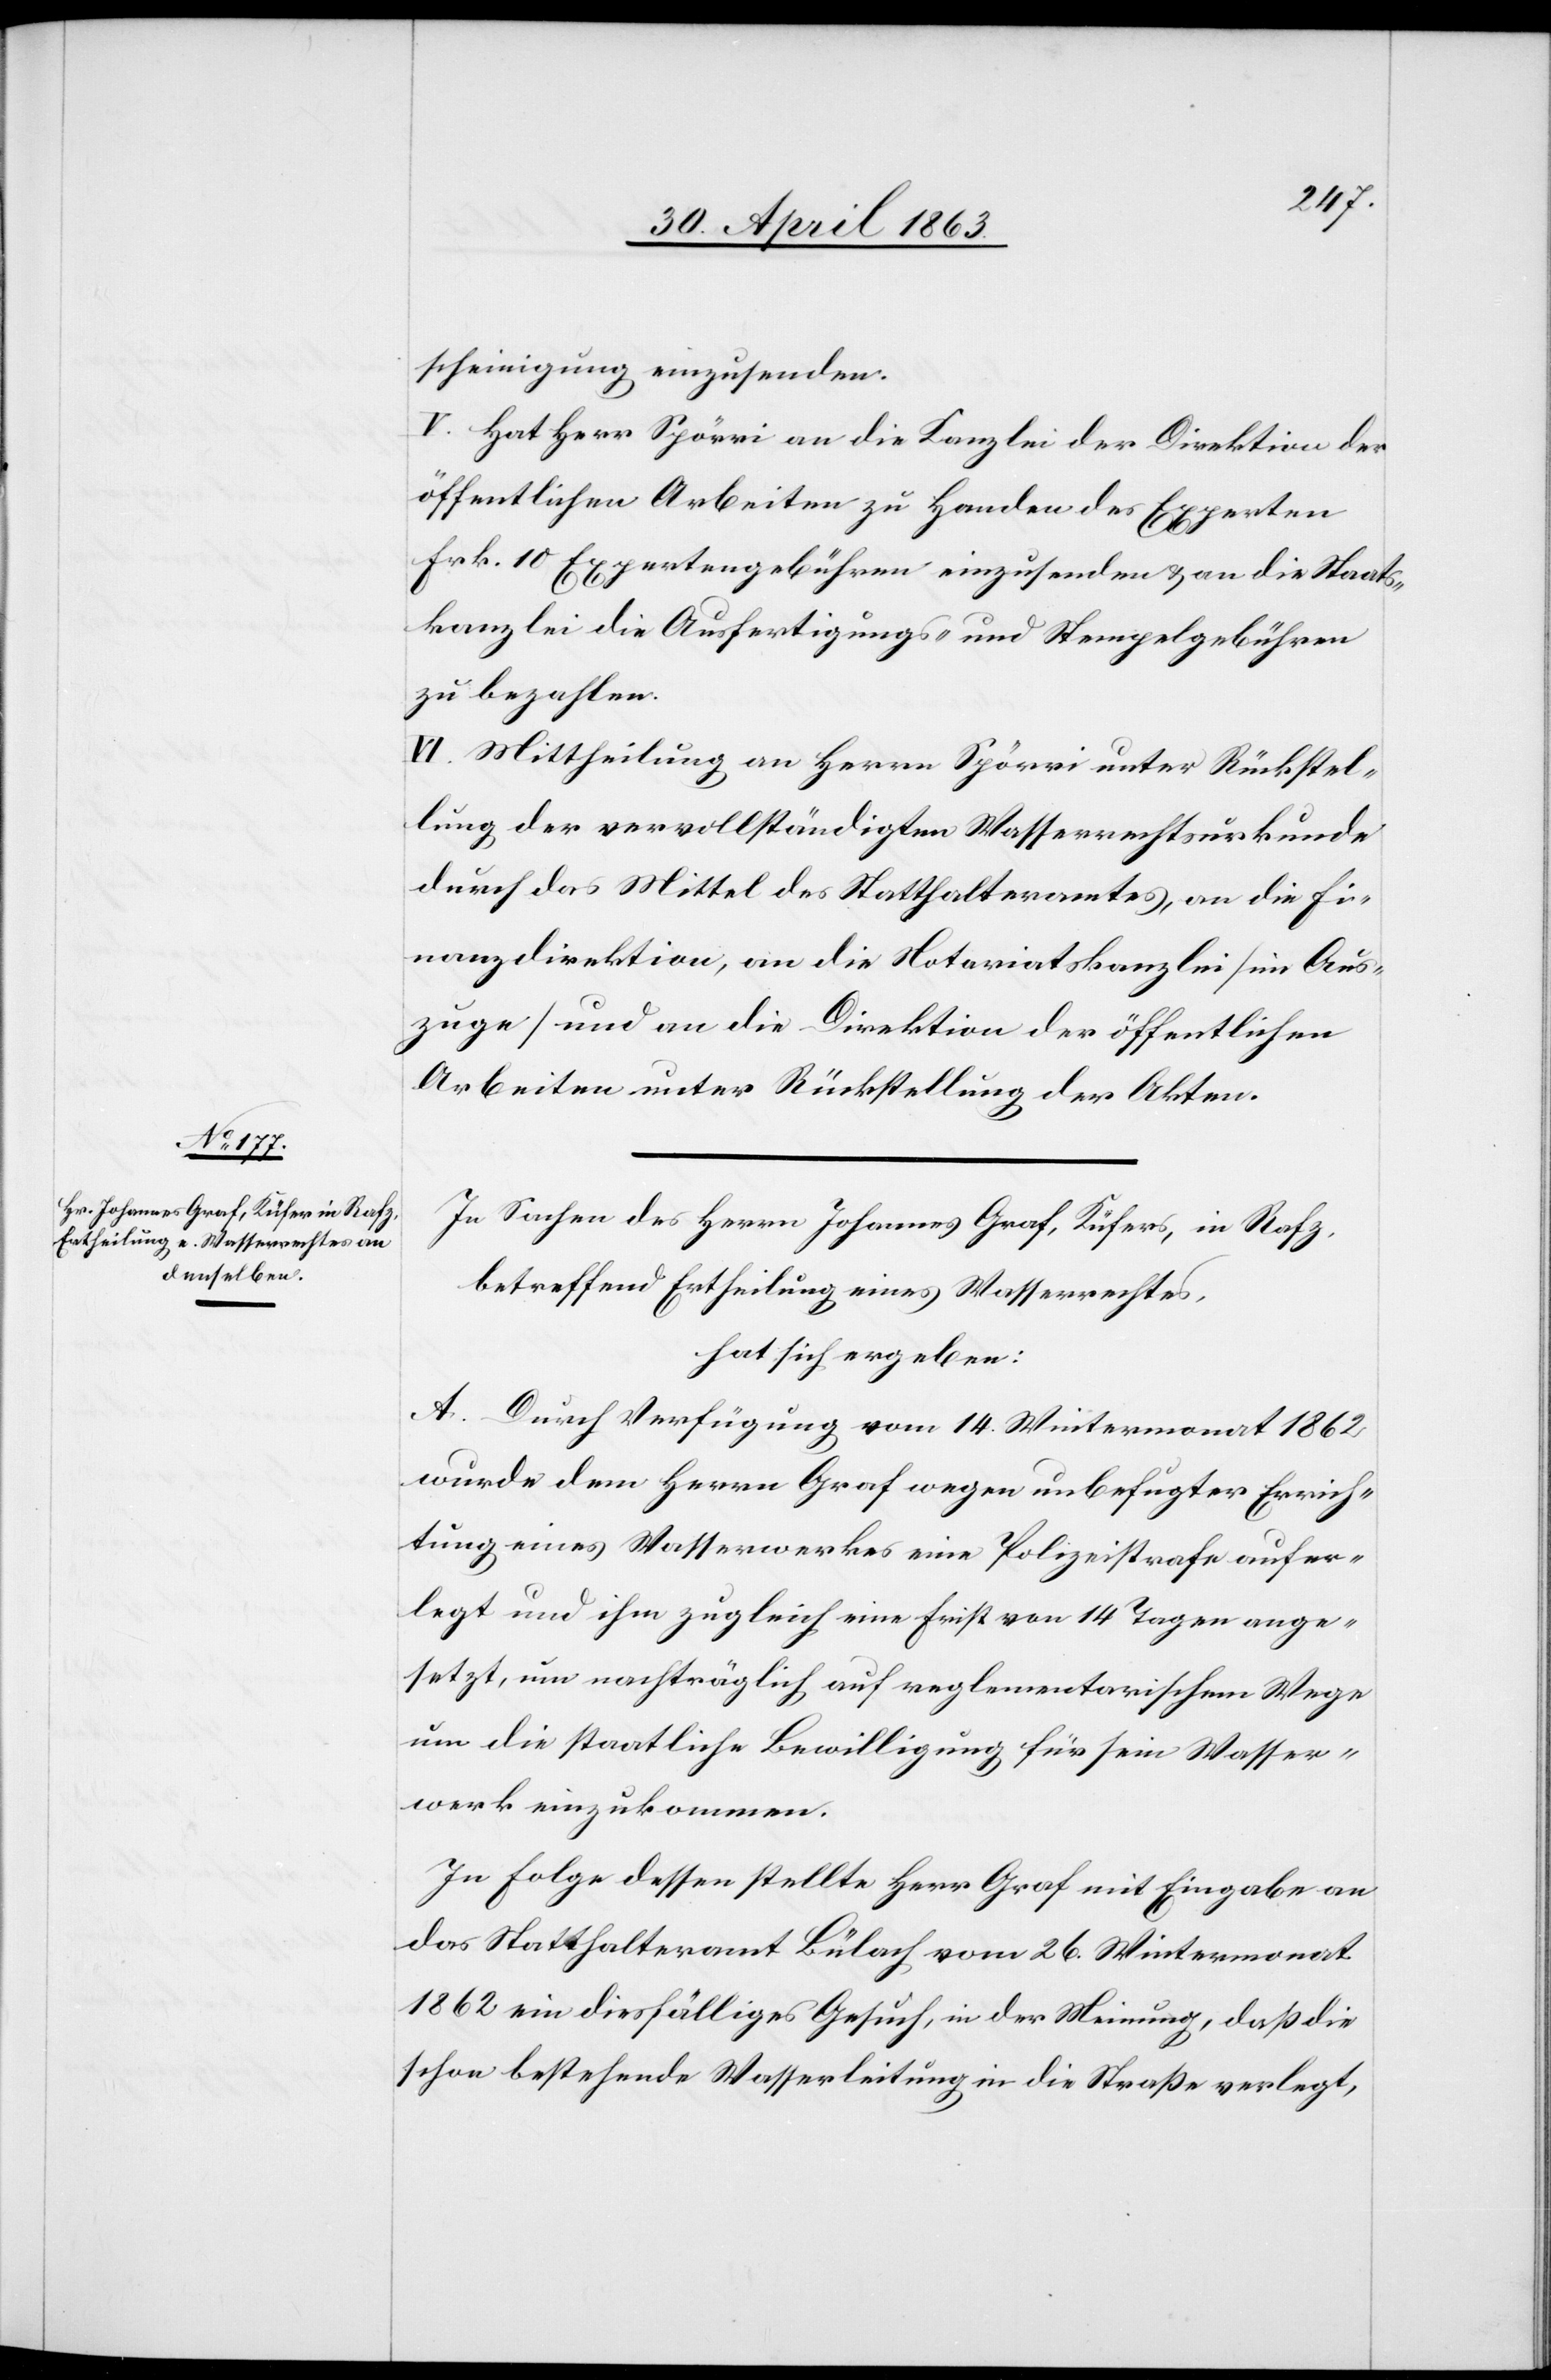
bescheinigung einzusenden.
V. Hat Herr Spörri an die Kanzlei der Direktion der
öffentlichen Arbeiten zu Handen des Experten
Frk. 10 Expertengebühren einzusenden & an die Staats¬
kanzlei die Ausfertigungs- und Stempelgebühren
zu bezahlen.
VI. Mittheilung an Herrn Spörri unter Rückstel¬
lung der vervollständigten Wasserrechtskurkunde
durch das Mittel des Statthalteramtes, an die Fi¬
nanzdirektion, an die Notariatskanzlei (im Aus¬
zuge) und an die Direktion der öffentlichen
Arbeiten unter Rückstellung der Akten.
In Sachen des Herrn Johannes Graf, Küfers, in Rafz,
betreffend Ertheilung eines Wasserrechtes,
hat sich ergeben:
A. Durch Verfügung vom 14. Wintermonat 1862
wurde dem Herrn Graf wegen unbefugter Errich¬
tung eines Wasserwerkes eine Polizeistrafe aufer¬
legt und ihm zugleich eine Frist von 14 Tagen ange¬
setzt, um nachträglich auf reglementarischem Wege
um die staatliche Bewilligung für sein Wasser¬
werk einzukommen.
In Folge dessen stellte Herr Graf mit Eingabe an
das Statthalteramt Bülach vom 26. Wintermonat
1862 ein diesfälliges Gesuch, in der Meinung, daß die
schon bestehende Wasserleitung in die Straße verlegt,